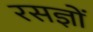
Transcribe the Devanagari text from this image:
रसज्ञों